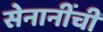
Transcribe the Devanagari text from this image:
सेनानींची